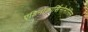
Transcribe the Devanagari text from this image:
एडिनोकार्सिनोमोसिस